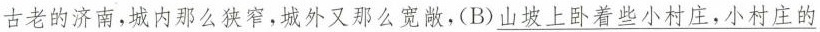
古老的济南，城内那么狭窄，城外又那么宽敞，(B)\underline{山坡上卧着些小村庄，小村庄的